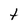
Character: t